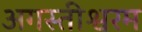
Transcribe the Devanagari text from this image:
अगस्तीश्वरम